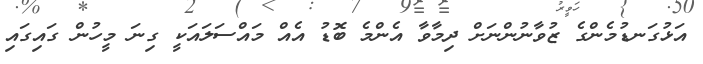
އަޅުގަނޑުމެންގެ ޒުވާނުންނަށް ދިމާވާ އެންމެ ބޮޑު އެއް މައްސަލައަކީ ގިނަ މީހުން ގައިގައި